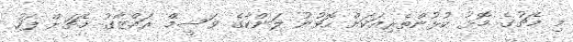
މި މެޗުގެ މޮޅު ކުޅުންތެރިއަކަށް ހޮވުނު ލަންކާގެ ވަސީމް ރައްޒާގު މެޗަށް ފަހު